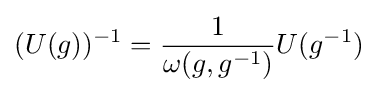
(U(g))^{-1}={\frac {1}{\omega (g,g^{-1})}}U(g^{-1})